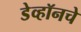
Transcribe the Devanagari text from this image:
डेव्हॉनचे